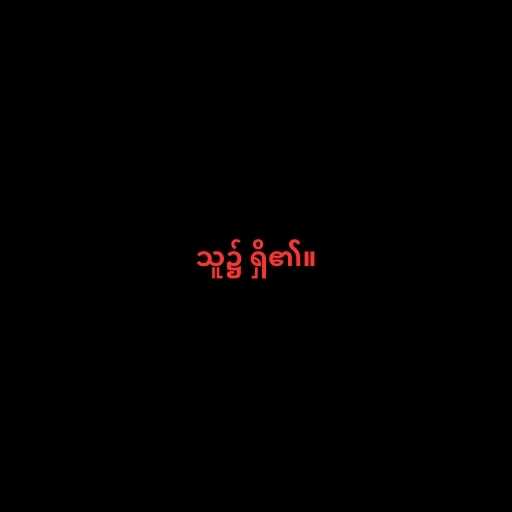
သူ၌ ရှိ၏။